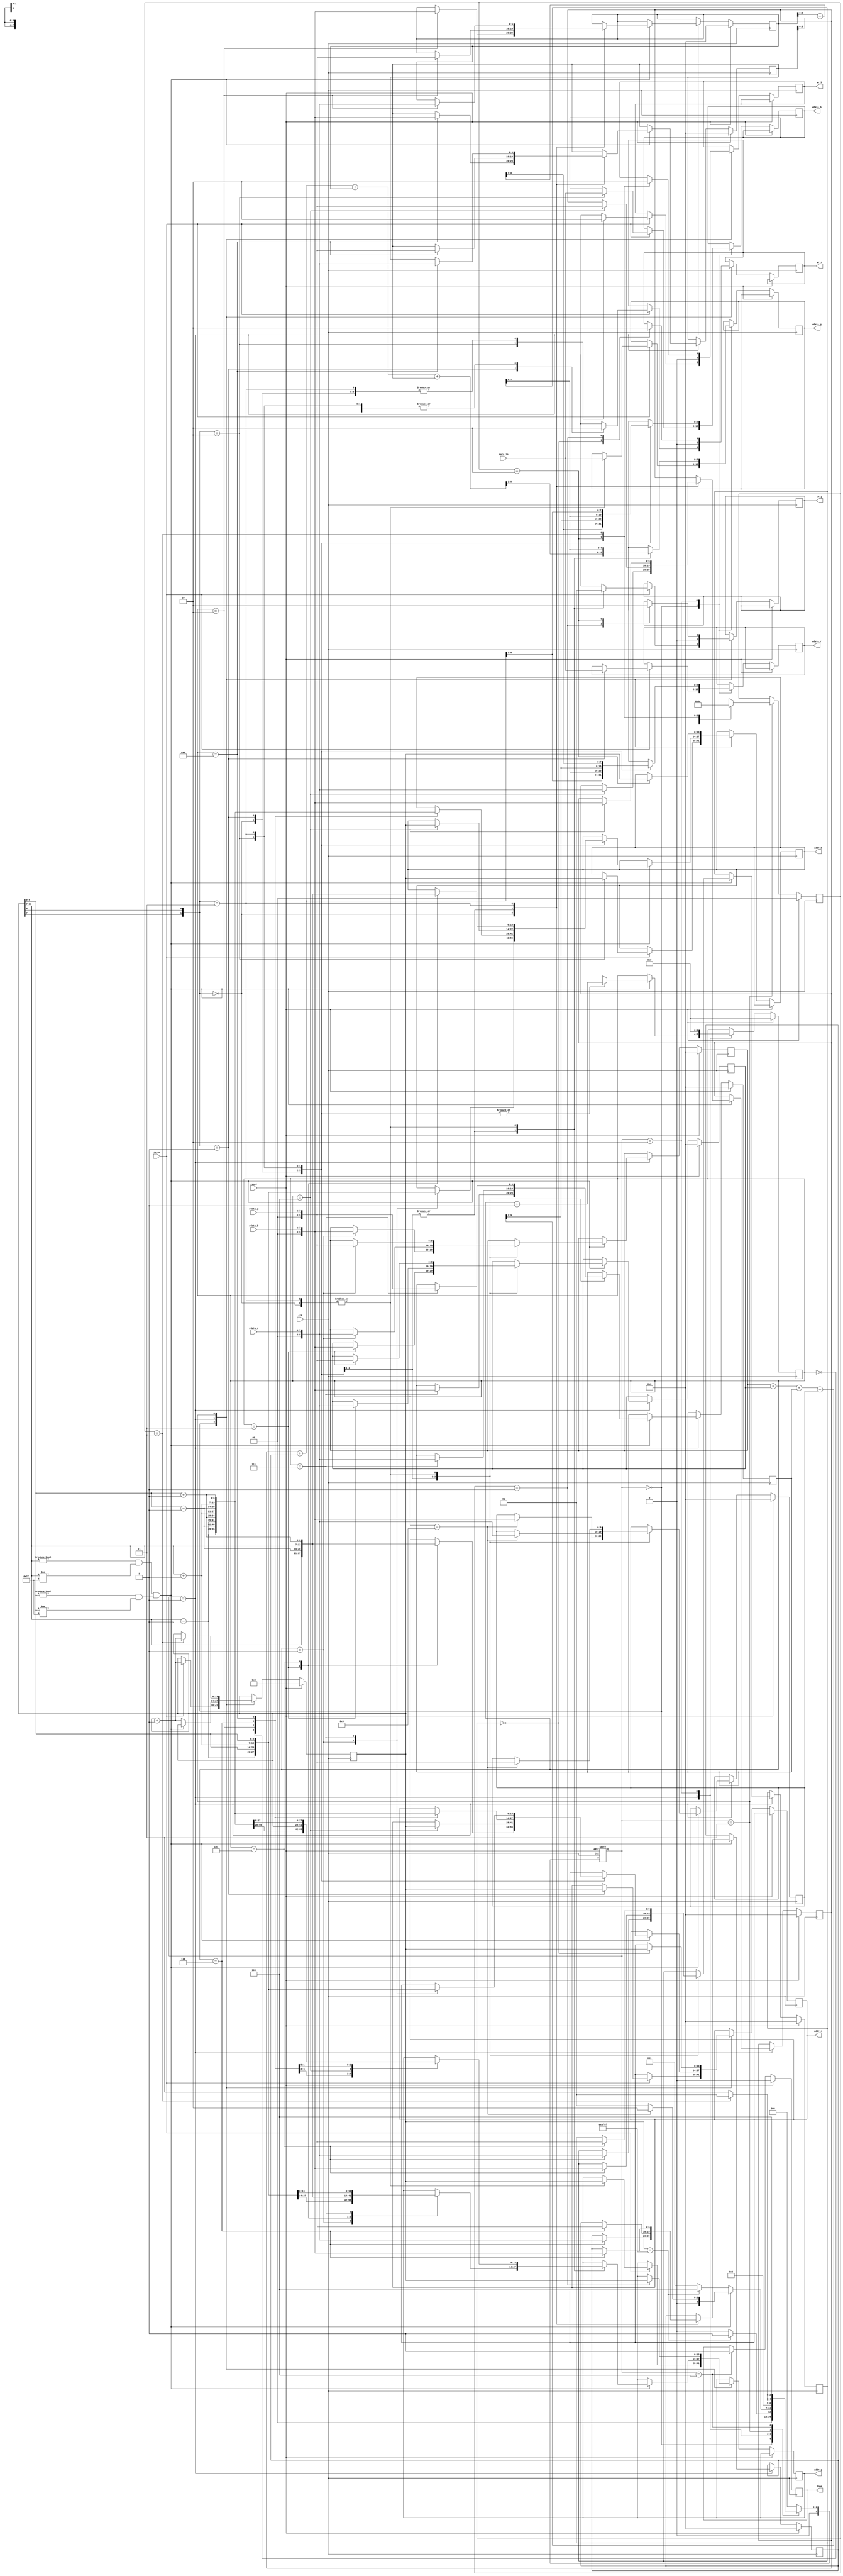
module demosaic(clk, reset, in_en, data_in, wr_r, addr_r, wdata_r, rdata_r, wr_g, addr_g, wdata_g, rdata_g, wr_b, addr_b, wdata_b, rdata_b, done);
input clk;
input reset;
input in_en;
input [7:0] data_in;
output reg wr_r;
output reg [13:0] addr_r;
output reg [7:0] wdata_r;
input [7:0] rdata_r;
output reg wr_g;
output reg [13:0] addr_g;
output reg [7:0] wdata_g;
input [7:0] rdata_g;
output reg wr_b;
output reg [13:0] addr_b;
output reg [7:0] wdata_b;
input [7:0] rdata_b;
output reg done;

localparam  BUFFER = 0,
            GET_DATA = 1,
            INTERPOLATION = 2,
            WRITE2MEM = 3,
            DONE = 4;

reg [3:0] state, nextState;
reg [13:0] center; //[13:7]row [6:0]column
//reg [9:0] addr_buffer [8:0];
reg [9:0] data_buffer [8:0];
reg [1:0] stage;
reg [3:0] counter;

integer i;

wire [13:0] lefttop, top, righttop, left, right, leftbottom, bottom, rightbottom;
assign lefttop = {(center[13:7] - 7'd1) , (center[6:0] - 7'd1)};
assign top = {(center[13:7] - 7'd1) , center[6:0]};
assign righttop = {(center[13:7] - 7'd1) , (center[6:0] + 7'd1)};
assign left = {center[13:7] , (center[6:0] - 7'd1)};
assign right = {center[13:7] , (center[6:0] + 7'd1)};
assign leftbottom = {(center[13:7] + 7'd1) , (center[6:0] - 7'd1)};
assign bottom = {(center[13:7] + 7'd1) , center[6:0]};
assign rightbottom = {(center[13:7] + 7'd1) , (center[6:0] + 7'd1)};

//initial done <= 1'b0;


always @(*) begin
    case(state)
        BUFFER: begin
            if(center == 16383) nextState = GET_DATA;
            else nextState = BUFFER;
        end
        GET_DATA: begin
            if((center[13:7] != 7'b0 && center[13:7] != 7'b1111111) && (center[6:0] != 7'b0 && center[6:0] != 7'b1111111)) begin
                if(counter == 9) nextState = INTERPOLATION;
                else nextState = GET_DATA;
            end
            else if(center == 16383) nextState = DONE;
            else nextState = GET_DATA;
        end
        INTERPOLATION: begin
            nextState = WRITE2MEM;
        end
        WRITE2MEM: begin
            nextState = (stage == 3)? GET_DATA : WRITE2MEM;
        end
        DONE: begin
            nextState = DONE;
        end
        default: nextState = BUFFER;
    endcase
end

always @(posedge clk or posedge reset) begin
    if(reset) state <= BUFFER;
    else state <= nextState;
end

always @(posedge clk) begin
    if(reset) begin
        //state <= BUFFER;
        center <= 14'd0;
        stage <= 2'd0;
        counter <= 4'd0;
        done <= 1'b0;
        for(i = 0;i < 9;i = i + 1) begin
            data_buffer[i] <= 10'd0;
        end
    end
    else begin
        case(state)
            BUFFER: begin
                if(in_en) begin
                    case({center[7],center[0]})
                            2'b00: begin //center = green
                                wr_g <= 1'b1;
                                wdata_g <= data_in;
                                addr_g <= center;
                                wr_b <= 1'b0;
                                wr_r <= 1'b0;
                            end
                            2'b01: begin //center = red
                                wr_r <= 1'b1;
                                wdata_r <= data_in;
                                addr_r <= center;
                                wr_b <= 1'b0;
                                wr_g <= 1'b0;
                            end
                            2'b10: begin //center = blue
                                wr_b <= 1'b1;
                                wdata_b <= data_in;
                                addr_b <= center;
                                wr_g <= 1'b0;
                                wr_r <= 1'b0;
                            end
                            2'b11: begin //center = green
                                wr_g <= 1'b1;
                                wdata_g <= data_in;
                                addr_g <= center;
                                wr_b <= 1'b0;
                                wr_r <= 1'b0;
                            end
                    endcase
                    center <= center + 1;
                end
            end
            GET_DATA: begin
                wr_g <= 1'b0;
                wr_b <= 1'b0;
                wr_r <= 1'b0;
                if((center[13:7] != 7'b0 && center[13:7] != 7'b1111111) && (center[6:0] != 7'b0 && center[6:0] != 7'b1111111)) begin
                    case({center[7],center[0]})
                        2'b00: begin //center = green
                            case(counter)
                                0: begin
                                    addr_g <= lefttop;
                                end
                                1: begin
                                    data_buffer[0] <= rdata_g;
                                    addr_b <= top;
                                end
                                2: begin
                                    data_buffer[1] <= rdata_b;
                                    addr_g <= righttop;
                                end
                                3: begin
                                    data_buffer[2] <= rdata_g;
                                    addr_r <= left;
                                end
                                4: begin
                                    data_buffer[3] <= rdata_r;
                                    addr_g <= center;
                                end
                                5: begin
                                    data_buffer[4] <= rdata_g;
                                    addr_r <= right;
                                end
                                6: begin
                                    data_buffer[5] <= rdata_r;
                                    addr_g <= leftbottom;
                                end
                                7: begin
                                    data_buffer[6] <= rdata_g;
                                    addr_b <= bottom;
                                end
                                8: begin
                                    data_buffer[7] <= rdata_b;
                                    addr_g <= rightbottom;
                                end
                                9: begin
                                    data_buffer[8] <= rdata_g;
                                end
                            endcase
                            counter <= counter + 1;
                        end
                        2'b01: begin //center = red
                            case(counter)
                                0: begin
                                    addr_b <= lefttop;
                                end
                                1: begin
                                    data_buffer[0] <= rdata_b;
                                    addr_g <= top;
                                end
                                2: begin
                                    data_buffer[1] <= rdata_g;
                                    addr_b <= righttop;
                                end
                                3: begin
                                    data_buffer[2] <= rdata_b;
                                    addr_g <= left;
                                end
                                4: begin
                                    data_buffer[3] <= rdata_g;
                                    addr_r <= center;
                                end
                                5: begin
                                    data_buffer[4] <= rdata_r;
                                    addr_g <= right;
                                end
                                6: begin
                                    data_buffer[5] <= rdata_g;
                                    addr_b <= leftbottom;
                                end
                                7: begin
                                    data_buffer[6] <= rdata_b;
                                    addr_g <= bottom;
                                end
                                8: begin
                                    data_buffer[7] <= rdata_g;
                                    addr_b <= rightbottom;
                                end
                                9: begin
                                    data_buffer[8] <= rdata_b;
                                end
                            endcase
                            counter <= counter + 1;
                        end
                        2'b10: begin //center = blue
                            case(counter)
                                0: begin
                                    addr_r <= lefttop;
                                end
                                1: begin
                                    data_buffer[0] <= rdata_r;
                                    addr_g <= top;
                                end
                                2: begin
                                    data_buffer[1] <= rdata_g;
                                    addr_r <= righttop;
                                end
                                3: begin
                                    data_buffer[2] <= rdata_r;
                                    addr_g <= left;
                                end
                                4: begin
                                    data_buffer[3] <= rdata_g;
                                    addr_b <= center;
                                end
                                5: begin
                                    data_buffer[4] <= rdata_b;
                                    addr_g <= right;
                                end
                                6: begin
                                    data_buffer[5] <= rdata_g;
                                    addr_r <= leftbottom;
                                end
                                7: begin
                                    data_buffer[6] <= rdata_r;
                                    addr_g <= bottom;
                                end
                                8: begin
                                    data_buffer[7] <= rdata_g;
                                    addr_r <= rightbottom;
                                end
                                9: begin
                                    data_buffer[8] <= rdata_r;
                                end
                            endcase
                            counter <= counter + 1;
                        end
                        2'b11: begin //center = green
                            case(counter)
                                0: begin
                                    addr_g <= lefttop;
                                end
                                1: begin
                                    data_buffer[0] <= rdata_g;
                                    addr_r <= top;
                                end
                                2: begin
                                    data_buffer[1] <= rdata_r;
                                    addr_g <= righttop;
                                end
                                3: begin
                                    data_buffer[2] <= rdata_g;
                                    addr_b <= left;
                                end
                                4: begin
                                    data_buffer[3] <= rdata_b;
                                    addr_g <= center;
                                end
                                5: begin
                                    data_buffer[4] <= rdata_g;
                                    addr_b <= right;
                                end
                                6: begin
                                    data_buffer[5] <= rdata_b;
                                    addr_g <= leftbottom;
                                end
                                7: begin
                                    data_buffer[6] <= rdata_g;
                                    addr_r <= bottom;
                                end
                                8: begin
                                    data_buffer[7] <= rdata_r;
                                    addr_g <= rightbottom;
                                end
                                9: begin
                                    data_buffer[8] <= rdata_g;
                                end
                            endcase
                            counter <= counter + 1;
                        end
                    endcase
                end
                else center <= center + 1; //boundary
            end
            INTERPOLATION: begin
                counter <= 0;
                case({center[7],center[0]})
                    2'b00: begin //center = green
                        wdata_r <= (data_buffer[3] + data_buffer[5]) >> 1;
                        wdata_g <= data_buffer[4];
                        wdata_b <= (data_buffer[1] + data_buffer[7]) >> 1;
                    end
                    2'b01: begin //center = red
                        wdata_r <= data_buffer[4];
                        wdata_g <= (data_buffer[3] + data_buffer[5] + data_buffer[1] + data_buffer[7]) >> 2;
                        wdata_b <= (data_buffer[0] + data_buffer[2] + data_buffer[6] + data_buffer[8]) >> 2;
                    end
                    2'b10: begin //center = blue
                        wdata_r <= (data_buffer[0] + data_buffer[2] + data_buffer[6] + data_buffer[8]) >> 2;
                        wdata_g <= (data_buffer[3] + data_buffer[5] + data_buffer[1] + data_buffer[7]) >> 2;
                        wdata_b <= data_buffer[4];
                    end
                    2'b11: begin //center = green
                        wdata_r <= (data_buffer[1] + data_buffer[7]) >> 1;
                        wdata_g <= data_buffer[4];
                        wdata_b <= (data_buffer[3] + data_buffer[5]) >> 1;
                    end
                endcase
            end
            WRITE2MEM: begin
                case(stage)
                    0: begin
                        addr_r <= center;
                        wr_r <= 1;
                        stage <= 1;
                    end
                    1: begin
                        wr_r <= 0;
                        addr_g <= center;
                        wr_g <= 1;
                        stage <= 2;
                    end
                    2: begin
                        wr_g <= 0;
                        addr_b <= center;
                        wr_b <= 1;
                        stage <= 3;
                    end
                    3: begin
                        wr_b <= 0;
                        center <= center + 1;
                        stage <= 0;
                    end
                endcase
            end
            DONE: begin
                done <= 1;
            end
        endcase
    end
end
endmodule